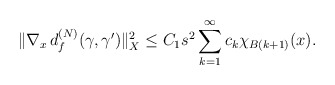
\begin{align*}\|\nabla_x\, d_f^{(N)}(\gamma,\gamma')\|^2_X\le C_1s^2\sum_{k=1}^\infty c_k\chi_{B(k+1)}(x).\end{align*}